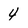
Character: 4